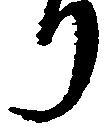
り